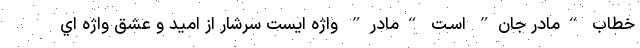
خطاب “مادر جان” اسـت “مادر” واژه ایست سرشار از امید و عشق واژه اي